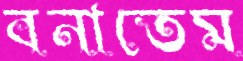
বনাতেম